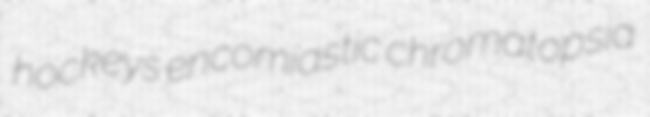
hockeys encomiastic chromatopsia